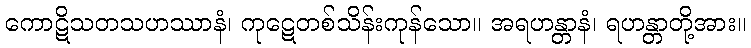
ကောဋိသတသဟဿာနံ၊ ကုဋေတစ်သိန်းကုန်သော။ အရဟန္တာနံ၊ ရဟန္တာတို့အား။